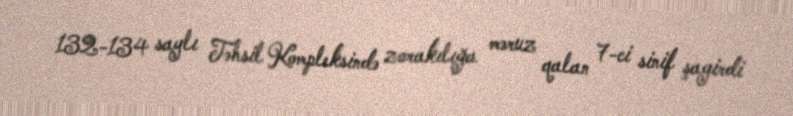
132-134 saylı Təhsil Kompleksində zorakılığa məruz qalan 7-ci sinif şagirdi